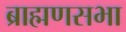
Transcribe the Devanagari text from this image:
ब्राह्मणसभा